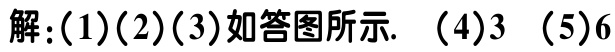
解：(1)(2)(3)如答图所示. （4）3 （5）6